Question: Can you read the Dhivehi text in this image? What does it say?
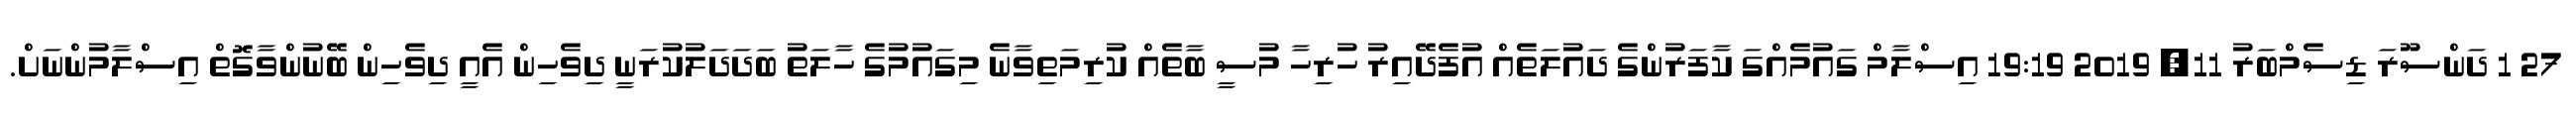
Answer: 27 1 ދަންސޫރަ ޑިސެމްބަރު 11, 2019 19:19 އިސްލާމް ގައުމެއްގަ ކާފަރުންގެ ދައުލަތެއް އުފެދޭއިރު ހުރިހާ މުސީ ބާތެއް ކުރިމަތިވާނެ މިގައުމުގެ ހާލަތު ބަދަދަލުކުރަނީ ދިވެހިން އެއީ ދިވެހިން ބޭނުންވާގޮތް އިސްލާމުންނަށް.